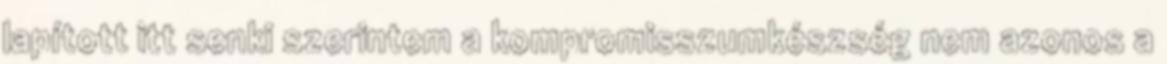
lapított itt senki szerintem a kompromisszumkészség nem azonos a